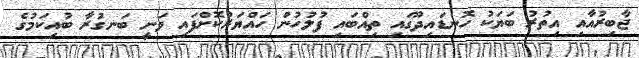
ޖާބިރުއާއި އިތުރު ބަޔަކު ހޮނޑައިދޫގައި ތިއްބައި ފުލުހުން ހައްޔަރުކޮށްފައި ވަނީ ބަނގުރާ ބުއިކަމުގެ